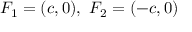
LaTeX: F _ { 1 } = ( c , 0 ) , \ F _ { 2 } = ( - c , 0 )